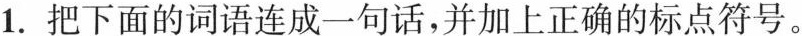
1. 把下面的词语连成一句话，并加上正确的标点符号。